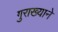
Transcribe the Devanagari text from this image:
गुराख्याने